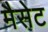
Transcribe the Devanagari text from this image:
मैसेट